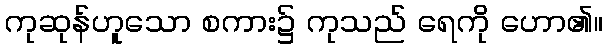
ကုဆုန်ဟူသော စကား၌ ကုသည် ရေကို ဟော၏။